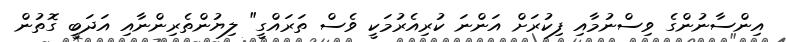
އިންސާނުންގެ ވިސްނުމާއި ފިކުރަށް އަންނަ ކުރިއެރުމަކީ ވެސް ތަރައްގީ" ލިޔުންތެރިންނާއި އަދަބީ ގޮތުން